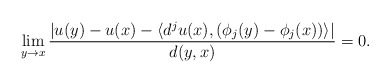
\begin{align*}\lim_{y\rightarrow x} \frac{|u(y)-u(x) - \langle d^ju(x) , (\phi_j(y) - \phi_j(x)) \rangle|}{d(y,x)} = 0.\end{align*}